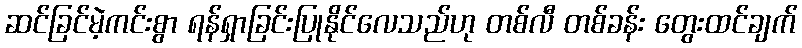
ဆင်ခြင်မဲ့ကင်းစွာ ရန်ရှာခြင်းပြုနိုင်လေသည်ဟု တစ်လီ တစ်ခန်း တွေးထင်ချက်